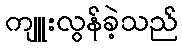
ကျူးလွန်ခဲ့သည်